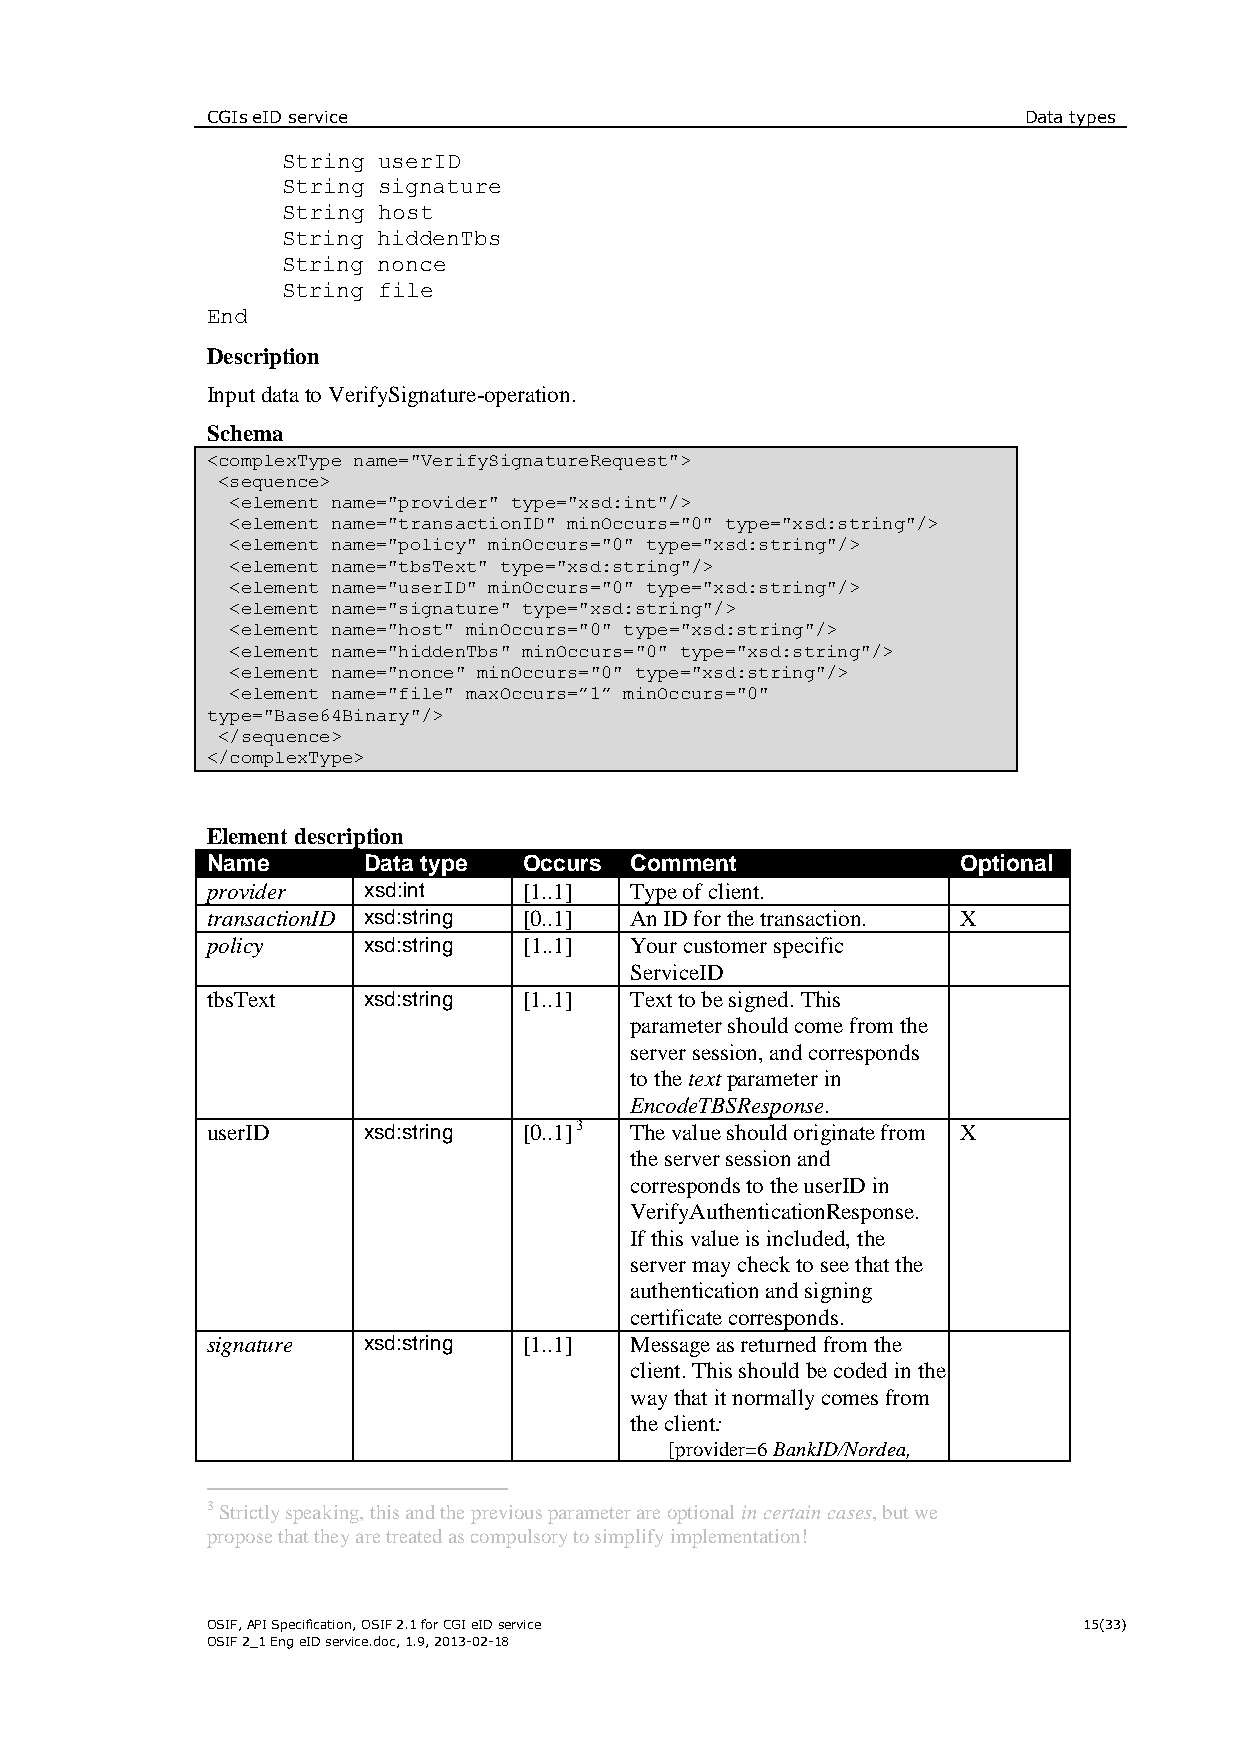
CGIs eID service                                      Data types
 String userID
 String signature
 String host
 String hiddenTbs
 String nonce
 String file
 End
 Description
 Input data to VerifySignature-operation.
 Schema
 <complexType name="VerifySignatureRequest">
 <sequence>
 <element name="provider" type="xsd:int"/>
 <element name="transactionID" minOccurs="0" type="xsd:string"/>
 <element name="policy" minOccurs="0" type="xsd:string"/>
 <element name="tbsText" type="xsd:string"/>
 <element name="userID" minOccurs="0" type="xsd:string"/>
 <element name="signature" type="xsd:string"/>
 <element name="host" minOccurs="0" type="xsd:string"/>
 <element name="hiddenTbs" minOccurs="0" type="xsd:string"/>
 <element name="nonce" minOccurs="0" type="xsd:string"/>
 <element name="file" maxOccurs=”1” minOccurs="0"
 type="Base64Binary"/>
 </sequence>
 </complexType>
 Element description
 Name      Data type  Occurs Comment               Optional
 provider  xsd:int    [1..1] Type of client.
 transactionID xsd:string [0..1] An ID for the transaction. X
 policy    xsd:string [1..1] Your customer specific
 ServiceID
 tbsText   xsd:string [1..1] Text to be signed. This
 parameter should come from the
 server session, and corresponds
 to the text parameter in
 EncodeTBSResponse.
 userID    xsd:string [0..1] 3 The value should originate from X
 the server session and
 corresponds to the userID in
 VerifyAuthenticationResponse.
 If this value is included, the
 server may check to see that the
 authentication and signing
 certificate corresponds.
 signature xsd:string [1..1] Message as returned from the
 client. This should be coded in the
 way that it normally comes from
 the client:
 [provider=6 BankID/Nordea,
 3 Strictly speaking, this and the previous parameter are optional in certain cases, but we
 propose that they are treated as compulsory to simplify implementation!
 OSIF, API Specification, OSIF 2.1 for CGI eID service     15(33)
 OSIF 2_1 Eng eID service.doc, 1.9, 2013-02-18